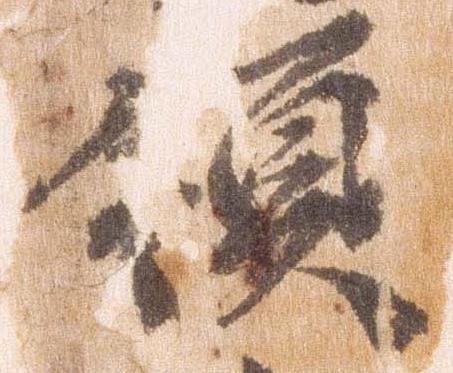
領